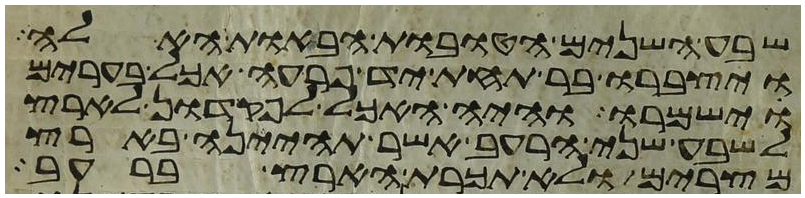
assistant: שבע השנים הטובות הבאות האלה
ויצברו בר תחת יד פרעה אכל בערים
וישמרו והיה האכל לפקדון לארץ
לשבע שני הרעב אשר תהינה בארץ
מצרים ולא תכרת הארץ ברעב